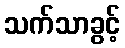
သက်သာခွင့်